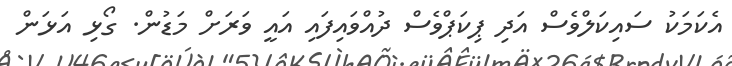
އެކަމަކު ސައިކަލްވެސް އަދި ޕިކަޕްވެސް ދުއްވައިފައި އައީ ވަރަށް މަޑުން. ގޯޅި އަޅަން